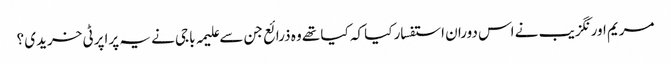
مریم اورنگزیب نے اس دوران استفسار کیا کہ کیا تھے وہ ذرائع جن سے علیمہ باجی نے یہ پراپرٹی خریدی ؟